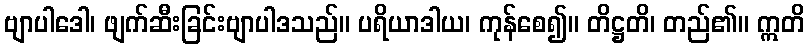
ဗျာပါဒေါ၊ ဖျက်ဆီးခြင်းဗျာပါဒသည်။ ပရိယာဒါယ၊ ကုန်စေ၍။ တိဋ္ဌတိ၊ တည်၏။ ဣတိ